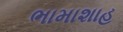
ભામાશાહ